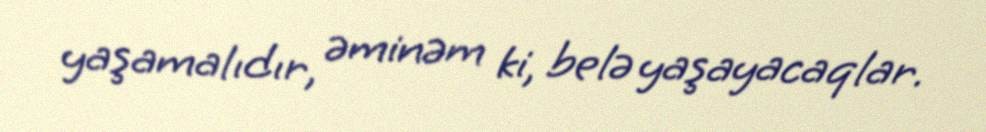
yaşamalıdır, əminəm ki, belə yaşayacaqlar.